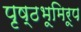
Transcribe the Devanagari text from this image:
पृष्ठभूमिरूप